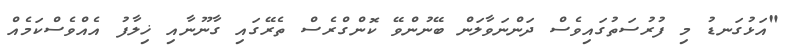
"އަޅުގަނޑު މި ފުރުސަތުގައިވެސް ދަންނަވާލަން ބޭނުންވޭ ކޮންގްރެސް ތެރޭގައި ގާނޫނާއި ޚިލާފު އެއްވެސްކަމެއް